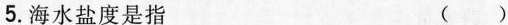
5.海水盐度是指 ()